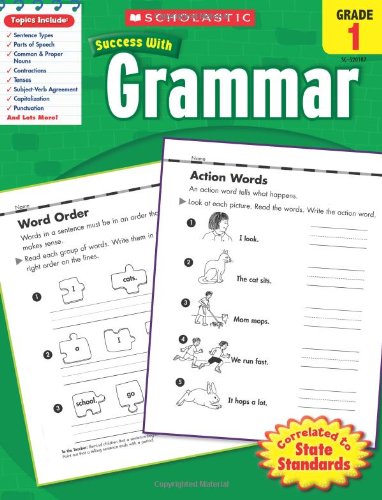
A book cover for Scholastic Success With Grammar,  Grade 1 (Scholastic Success with Workbooks: Grammar); Scholastic; Test Preparation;